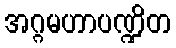
အဂ္ဂမဟာပဏ္ဍိတ